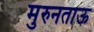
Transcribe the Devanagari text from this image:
मुरुनताऊ